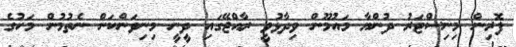
ފޮރިން މިނިސްޓަރު ދުންޔާ މައުމޫން ވިދާޅުވީ ރާއްޖޭގައި ދީނީ މިނިވަންކަން ނެތުމުން މަހުގެ